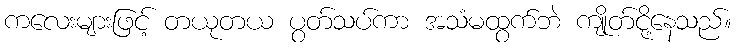
ကလေးများဖြင့် တယုတယ ပွတ်သပ်ကာ အသံမထွက်ဘဲ ကျိုတ်ငို့နေသည်။